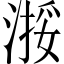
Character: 𬈗